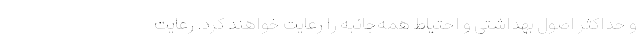
و حداکثر اصول بهداشتی و احتیاط همه‌جانبه را رعایت خواهند کرد. رعایت